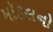
મૉડલનો